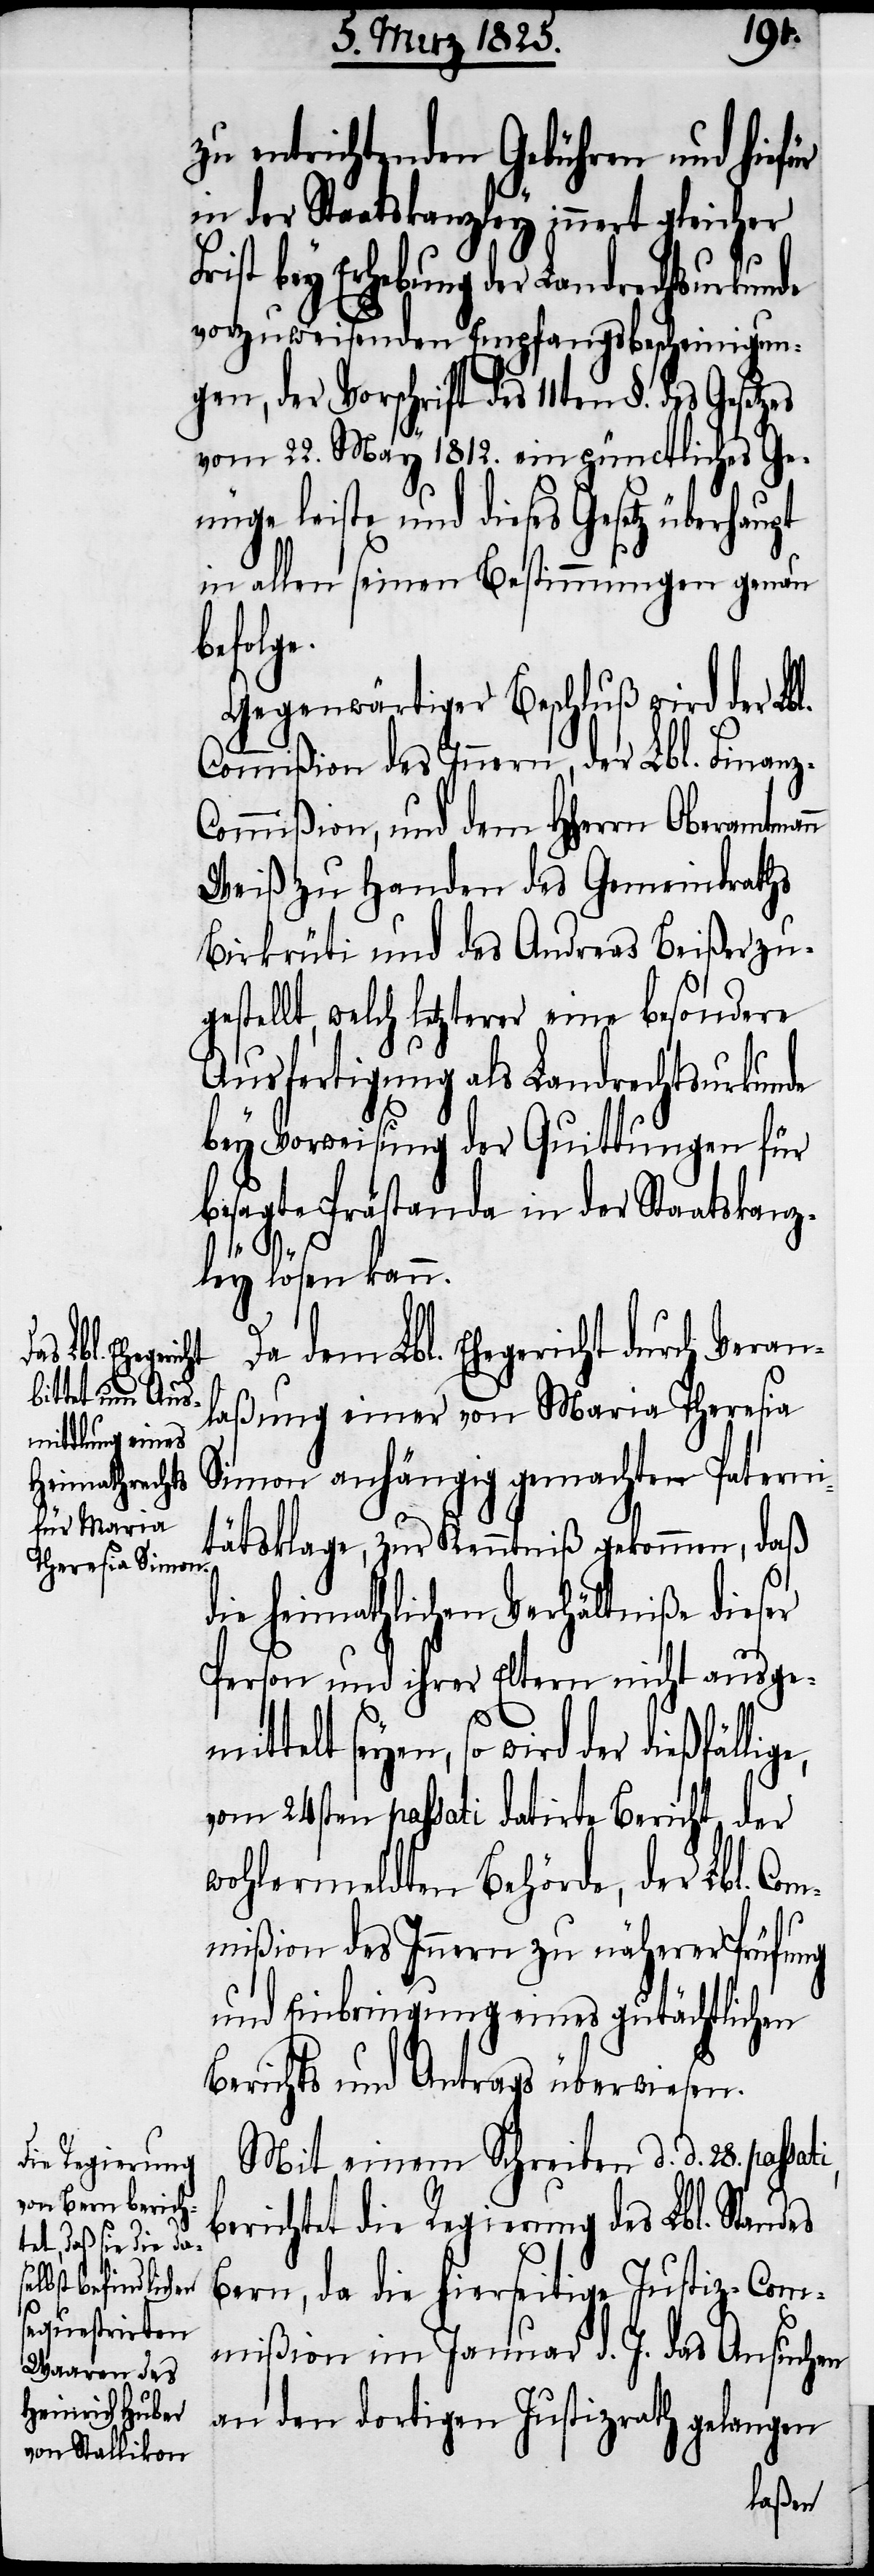
n

zu entrichtenden Gebühren und hiefür
in der Staatskanzley innert gleicher
ist bey Erhebung der Landrechtsurk¬
vorzuweisenden Empfangsbescheinigun¬
gen, der Vorschrift des 11ten §. des Gese¬
vom 22. May 1812. ein pünctliches Ge¬
nüge leiste und dieses Gesetz überhaupt
in allen seinen Bestimmungen genau
befolg¬
Gegenwärtiger Beschluß wird der Lb¬
Commißion des Innern, der Lbl. Finanz-C¬
ommißion, und dem HHerrn Oberamtman¬
Weiß zu Handen des Gemeindraths
Birkrüti und des Andreas Beißer zug¬
estellt, welch letzterer eine besondere
Ausfertigung als Landrechtsurkunde
bey Vorweisung der Quittungen für
besagte Prästanda in der Staatskanz¬
des
ley lösen kann.
Da dem Lbl. Ehegericht durch Veran¬
laßung einer von Maria Theresia
Simon anhängig gemachten Paterni¬
tätsklage, zur Kenntniß gekommen, daß
die heimathlichen Verhältniße dieser
Person und ihrer Eltern nicht ausge¬
mittelt seyen, so wird der dießfäl¬
vom 24sten passati datirte Bericht der
wohlermeldten Behörde, der Lbl. Com¬
mißion des Innern zu näherer Prüfung
und Einbringung eines gutächtlichen
Berichts und Antrags überwiesen.
Mit einem Schreiben d. d. 28. passa¬
berichtet die Regierung des Lbl. Stan¬
Bern, da die hierseitige Justiz-Com¬
mißion im Januar d. J. das Ansuchen
an den dortigen Justizrath gelangen